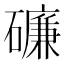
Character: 𥖝